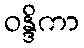
ဝန္ဒိကာ